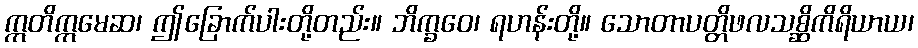
ဣတိဣမေဆ၊ ဤခြောက်ပါးတို့တည်း။ ဘိက္ခဝေ၊ ရဟန်းတို့။ သောတာပတ္တိဖလသစ္ဆိကိရိယာယ၊